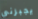
يجبرني